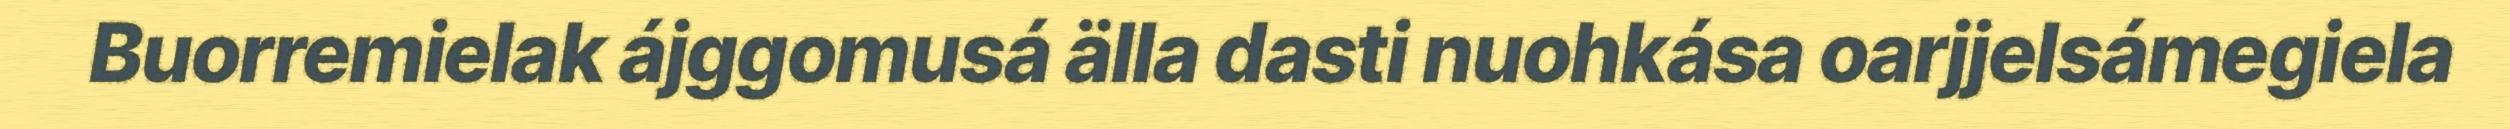
Buorremielak ájggomusá älla dasti nuohkása oarjjelsámegiela